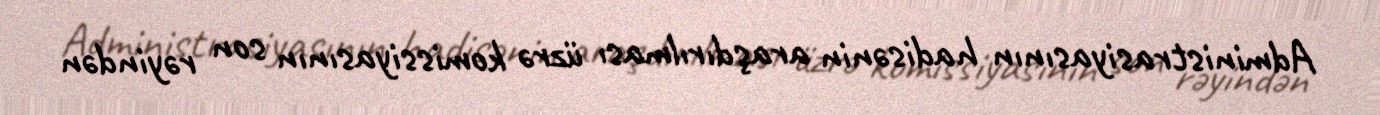
Administrasiyasının hadisənin araşdırılması üzrə komissiyasının son rəyindən